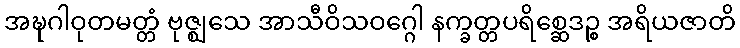
အဍ္ဎဂါဝုတမတ္တံ ဗုဇ္ဈသေ အာသီဝိသဝဂ္ဂေါ နက္ခတ္တပရိစ္ဆေဒဉ္စ အရိယဇာတိ